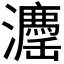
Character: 𱪉